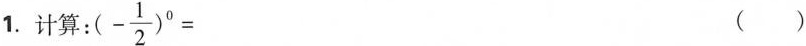
1.计算:$$(- \frac{1}{2})^{0}=$$ ( )